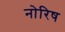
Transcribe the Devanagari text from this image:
नोरिष